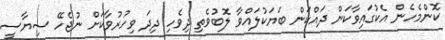
ކޮންމެހެން އެކުގައިވާކަން ދައްކަން ބަޔަކުލައްވާ ލޮބުވެތި ދިވެހި ދިދަ ވިހުރުވާކަށް ނުޖެހޭ ސިޔާސީ